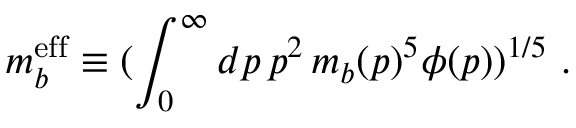
m _ { b } ^ { { \mathrm { e f f } } } \equiv ( \int _ { 0 } ^ { \infty } d p \, p ^ { 2 } \, m _ { b } ( p ) ^ { 5 } \phi ( p ) ) ^ { 1 / 5 } ~ .